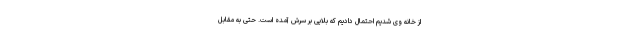
از خانه وی شدیم احتمال دادیم که بلایی بر سرش آمده است. حتی به مقابل